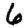
Digit: 6